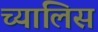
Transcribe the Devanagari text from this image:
च्यालिस